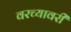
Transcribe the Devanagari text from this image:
वरच्यावरी